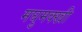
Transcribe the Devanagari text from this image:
मघुमक्खी